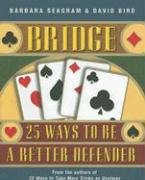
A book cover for Bridge: 25 Ways to Be a Better Defender; Barbara Seagram; Humor & Entertainment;